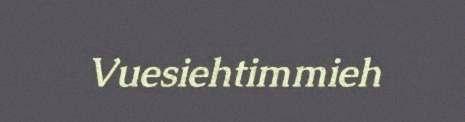
Vuesiehtimmieh